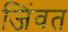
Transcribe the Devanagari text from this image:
जिंवत